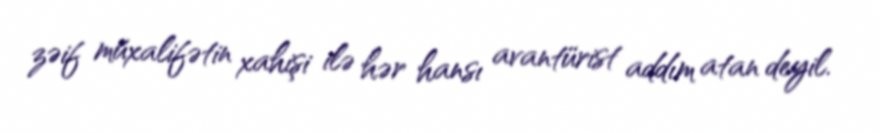
zəif müxalifətin xahişi ilə hər hansı avantürist addım atan deyil.